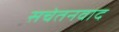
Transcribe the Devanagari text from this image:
सचेतनवाद